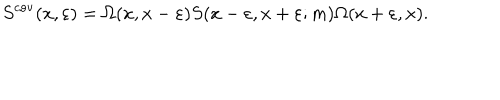
S ^ { \mathrm { c o v } } ( x , \varepsilon ) = \Omega ( x , x - \varepsilon ) S ( x - \varepsilon , x + \varepsilon ; m ) \Omega ( x + \varepsilon , x ) .